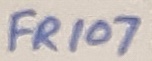
Text: FR107